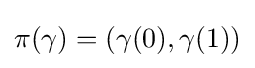
\pi (\gamma )=(\gamma (0),\gamma (1))